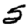
Digit: 5